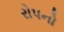
રોપનો